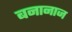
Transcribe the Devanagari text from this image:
बनानाज